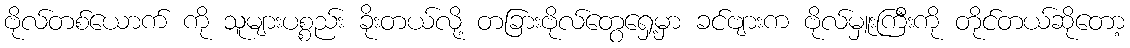
ဗိုလ်တစ်ယောက် ကို သူများပစ္စည်း ခိုးတယ်လို့ တခြားဗိုလ်တွေရှေ့မှာ ခင်ဗျားက ဗိုလ်မှူးကြီးကို တိုင်တယ်ဆိုတော့